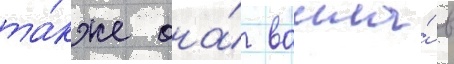
та́кже она́ вошла́ в